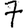
Digit: 7